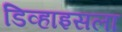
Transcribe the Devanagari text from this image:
डिव्हाइसला